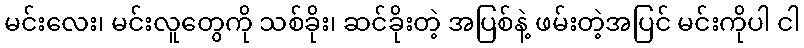
မင်းလေး၊ မင်းလူတွေကို သစ်ခိုး၊ ဆင်ခိုးတဲ့ အပြစ်နဲ့ ဖမ်းတဲ့အပြင် မင်းကိုပါ ငါ